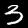
Label: 3